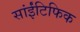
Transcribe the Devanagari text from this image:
सांईंटिफिक